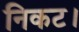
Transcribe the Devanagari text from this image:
निकट।